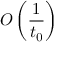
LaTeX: O \left( { \frac { 1 } { t _ { 0 } } } \right)